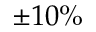
\pm 1 0 \%